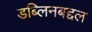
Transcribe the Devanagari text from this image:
डब्लिनबद्दल